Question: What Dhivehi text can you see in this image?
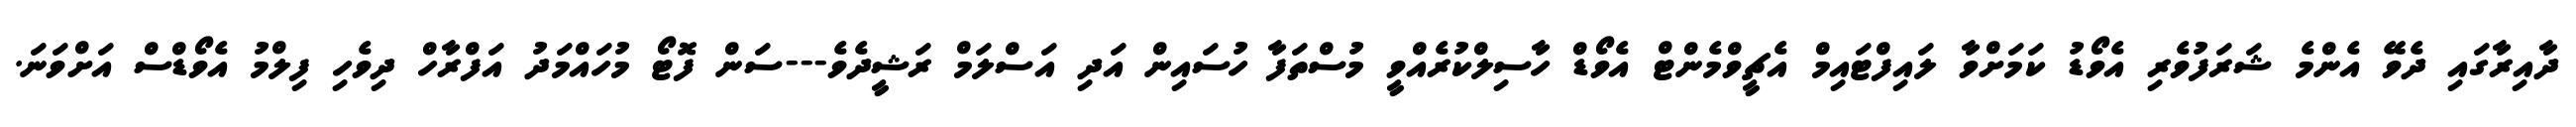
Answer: ދާއިރާގައި ދެވޭ އެންމެ ޝަރަފުވެރި އެވޯޑު ކަމަށްވާ ލައިފްޓައިމް އެޗީވްމެންޓް އެވޯޑް ހާސިލްކުރެއްވީ މުސްތަފާ ހުސައިން އަދި އަސްލަމް ރަޝީދެވެ---ސަން ފޮޓޯ މުހައްމަދު އަފްރާހް ދިވެހި ފިލްމު އެވޯޑްސް އަށްވަނަ.